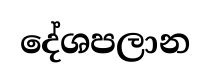
දේශපලාන